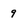
Character: 9